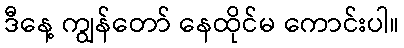
ဒီနေ့ ကျွန်တော် နေထိုင်မ ကောင်းပါ။